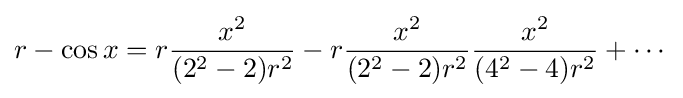
r-\cos x=r{\frac {x^{2}}{(2^{2}-2)r^{2}}}-r{\frac {x^{2}}{(2^{2}-2)r^{2}}}{\frac {x^{2}}{(4^{2}-4)r^{2}}}+\cdots